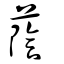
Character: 蔭